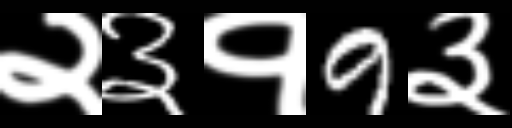
Text: २३१9३